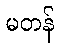
မတန်